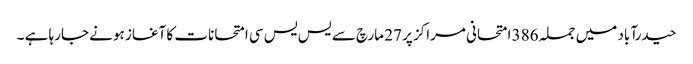
حیدرآباد میں جملہ 386 امتحانی مراکز پر 27 مارچ سے یس یس سی امتحانات کا آغاز ہونے جارہا ہے ۔